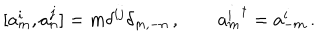
[ a _ { m } ^ { i } , a _ { n } ^ { j } ] = m \delta ^ { i j } \delta _ { m , - n } \, , \qquad { a _ { m } ^ { i } } ^ { \dagger } = a _ { - m } ^ { i } \, .